Annual report of the Punjab Veterinary College and of the Civil Veterinary Department, Punjab - 1920-1925
Year: 1920
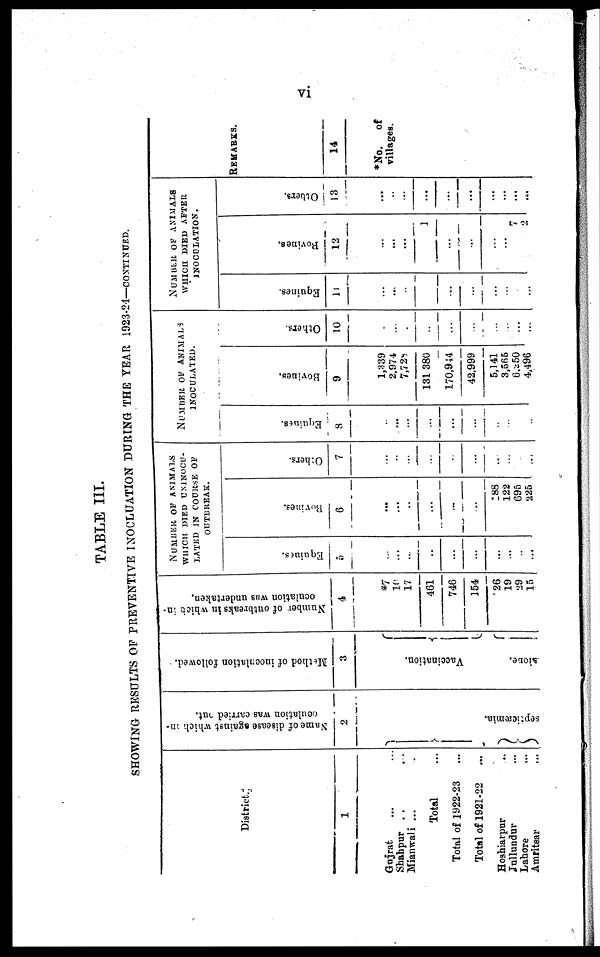
vi
TABLE III.
SHOWING RESULTS OF PREVENTIVE INOCLUATION DURING THE YEAR 1923-24-CONTINUED.
District.
1
Gujrat ... ...
Shahpur ... ...
Mianwali ... ...
Total ...
Total of 1922-23
...
Total of 1921-22
...
Hoshiarpur
...
Jullundur ...
Lahore ...
Amritsar ...
Name
of disease against which in-
oculation was carried out.
2
septicæmia.
Method
of inocnlation followed.
3
Vaccination.
alone.
Number of outbreaks in which in-
oculation was undertaken.
4
*7
10
17
461
746
154
26
19
29
15
NUMBER OF ANIMALS
WHICH DIED UNINOCU-
LATED IN COURSE OF
OUTBREAK.
Equines.
5
...
...
...
...
...
...
...
...
...
Bovines.
6
...
...
...
...
...
...
288
122
695
225
Others.
7
...
...
...
...
...
...
...
...
NUMBER OF ANIMALS
INOCULATED.
Equines.
8
...
...
...
...
...
...
...
...
...
...
Bovines.
9
1,339
2.974
7,728
...
131 380
170,944
42,999
5,141
3,565
6.250
4,496
Others.
10
...
...
......
...
...
...
...
...
...
...
...
NUMBER OF ANIMALS
WHICH DIED AFTER
INOCULATION.
Equines.
14
...
...
...
...
...
...
...
...
...
...
...
...
Bovines,
12
...
...
...
...
...
1
...
...
...
...
7
2
Others.
13
...
...
...
...
...
...
...
...
...
REMARKS.
14
*No.
of
villages.